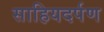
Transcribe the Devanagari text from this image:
साहियदर्पण